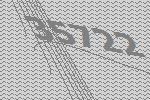
35722